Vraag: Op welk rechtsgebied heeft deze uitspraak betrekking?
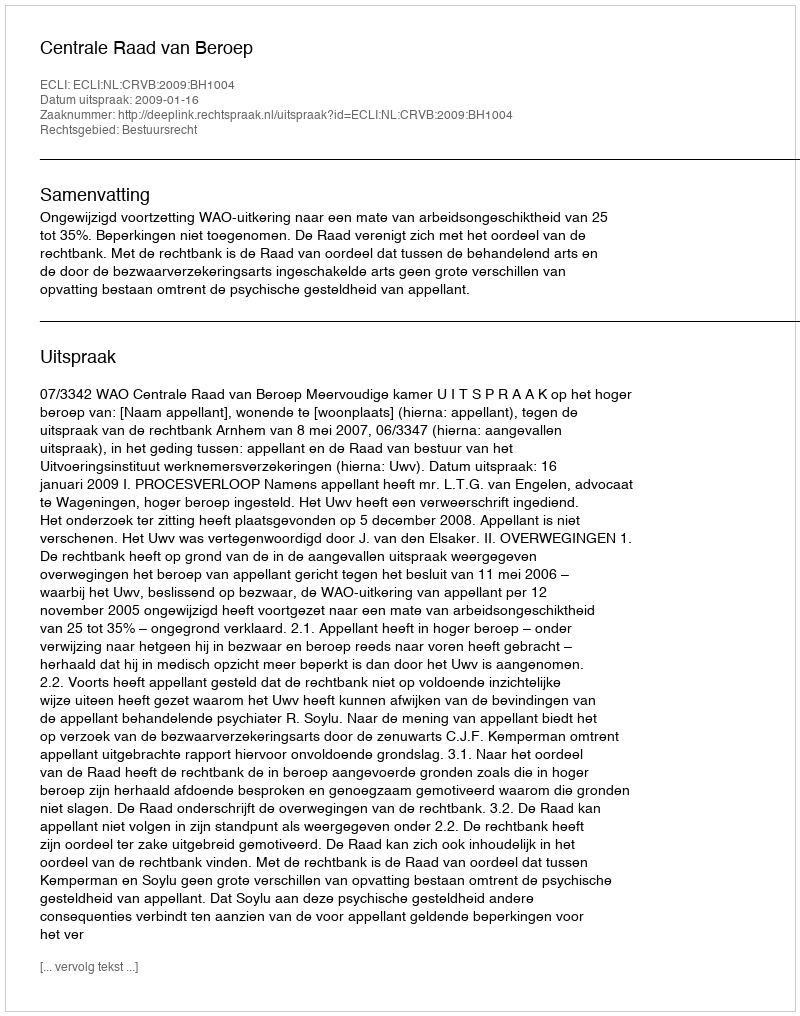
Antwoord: Bestuursrecht